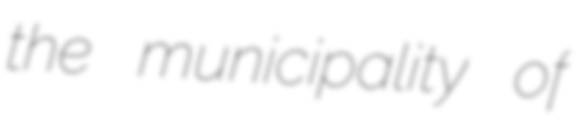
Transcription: the municipality of